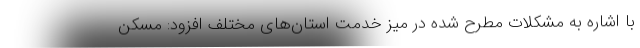
با اشاره به مشکلات مطرح شده در میز خدمت استان‌های مختلف افزود: مسکن